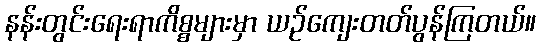
နန်းတွင်းရေးရာကိစ္စများမှာ ယဉ်ကျေးတတ်ပွန်ကြတယ်။